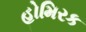
હોમિરક